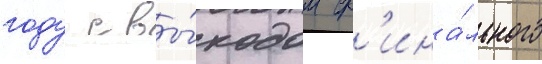
году с вы́ходом ф'ина́льного